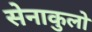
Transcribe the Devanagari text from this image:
सेनाकुलो